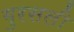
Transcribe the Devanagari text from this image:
गुरसली